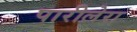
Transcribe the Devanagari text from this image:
पारीलेरा